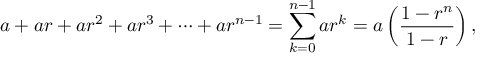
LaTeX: a + a r + a r ^ { 2 } + a r ^ { 3 } + \cdots + a r ^ { n - 1 } = \sum _ { k = 0 } ^ { n - 1 } a r ^ { k } = a \left( { \frac { 1 - r ^ { n } } { 1 - r } } \right) ,